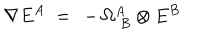
LaTeX: \nabla E ^ { A } \; = \; \, - \, \Omega _ { \; B } ^ { A } \otimes E ^ { B }